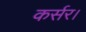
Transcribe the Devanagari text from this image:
कर्सर।